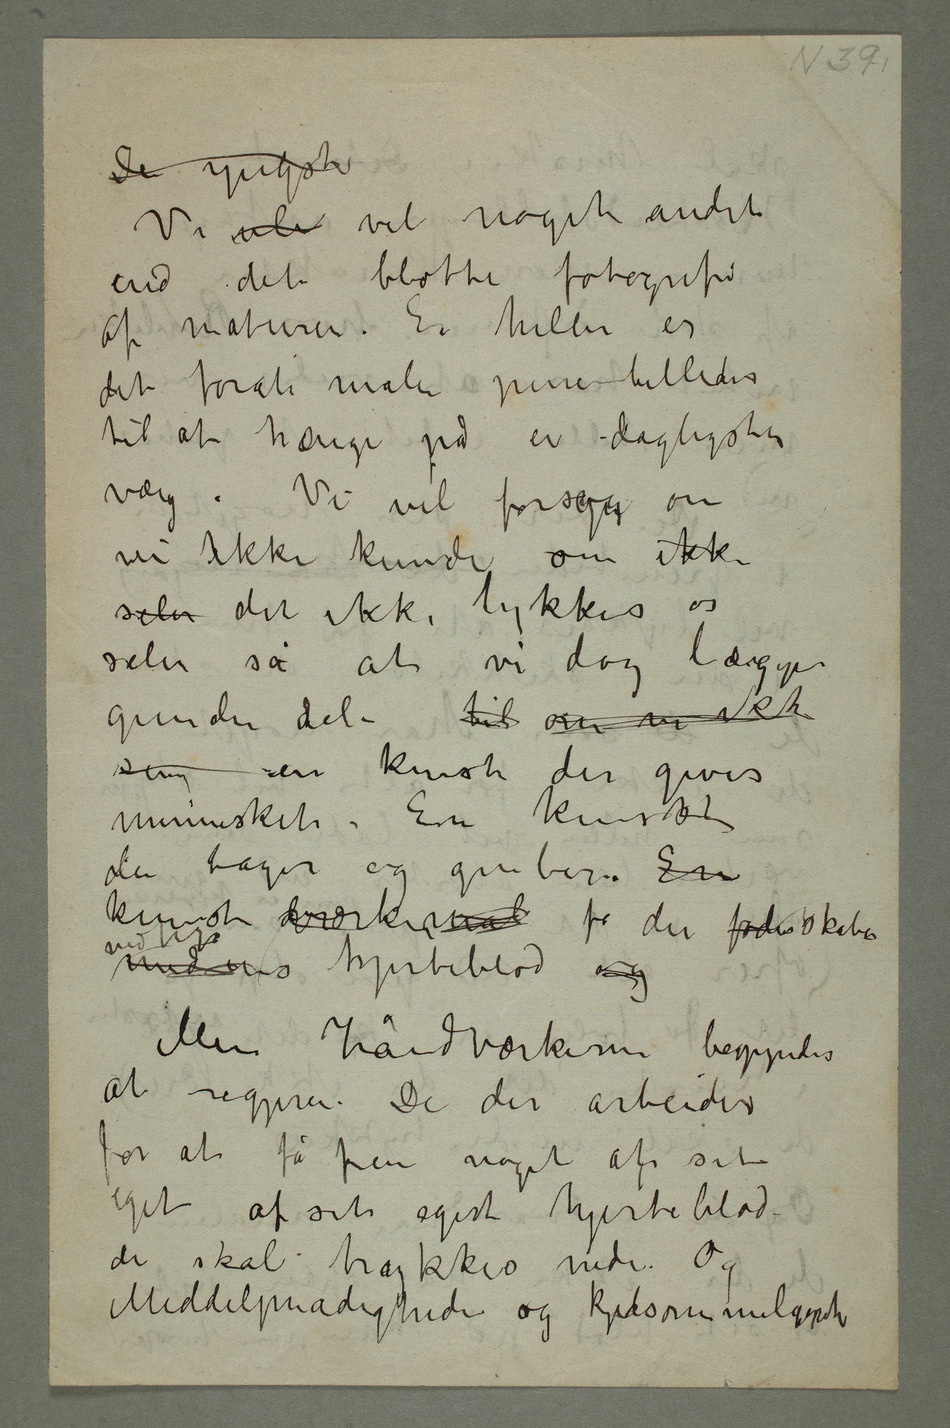
De yngste
end det blotte fotografi
af naturen. Ei heller er
det forat male pene billeder
til at hænge på en dagligstue
væg. Vi vil forsøge om
vi ikke kunde om ikke
selv det ikke lykkes os
selv så at vi dog lægger
grunden  til om vi ikke
mennesket. En kunst
der tager og griber. En
kunst  for der fødes skabes
Men håndværkerne begynder
at regjere. De der arbeider
for at få frem noget af sit
eget af sit eget hjerteblod
de skal trykkes nede. Og
Middelmådigheden og kjedsommeligheden